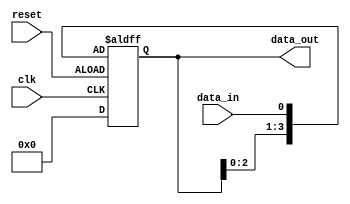
module serial_in_parallel_out_shift_register (
    input wire clk,
    input wire reset,
    input wire data_in,
    output reg [3:0] data_out
);

reg [3:0] register;

always @(posedge clk or negedge reset) begin
    if (reset) begin
        register <= 4'b0000;
    end else begin
        register <= {register[2:0], data_in};
    end
end

assign data_out = register;

endmodule